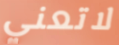
لاتعني